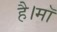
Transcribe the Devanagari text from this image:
है।माॅ